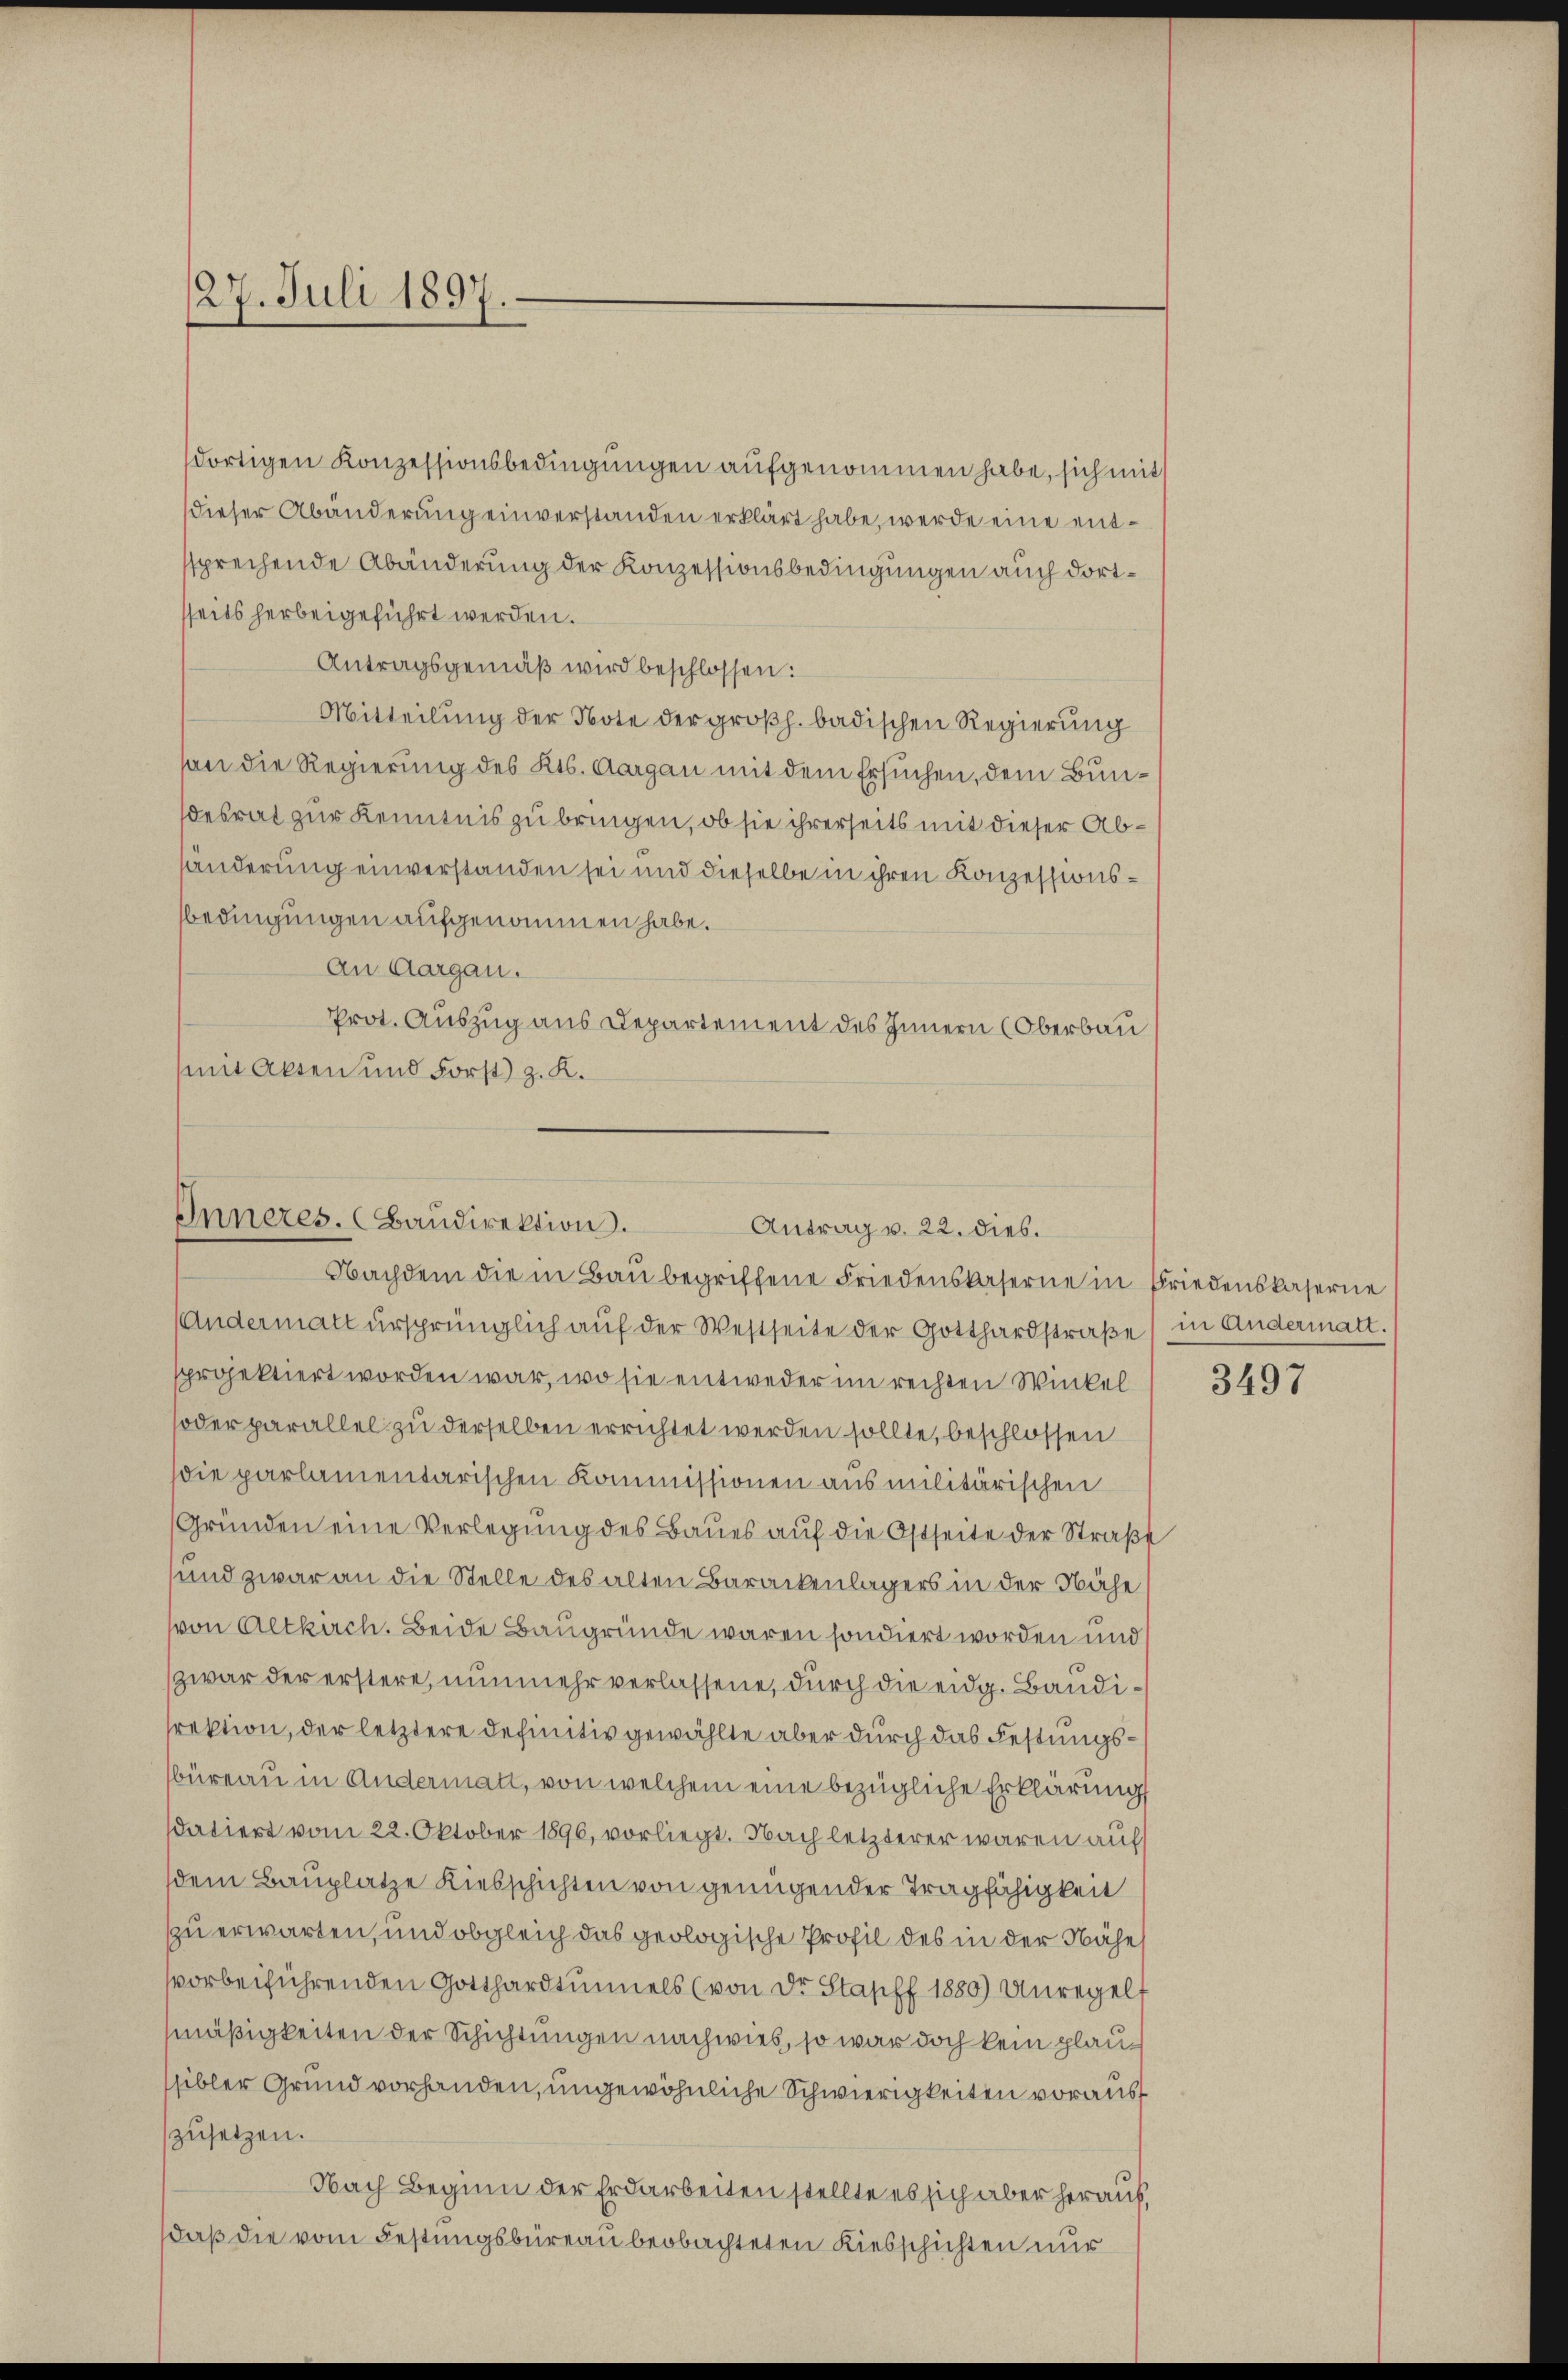
127. Juli 1897.

dortigen Konzessionsbedingungen aufgenommen habe, sich mit
dieser Abänderung einverstanden erklärt habe, werde eine entsprechende Abänderung der Konzessionsbedingungen auch dortseits herbeigeführt werden.
Antragsgemäß wird beschlossen:
Mitteilung der Note der großh. badischen Regierung
son die Regierung des Kts. Aargau mit dem Ersuchen, dem Bundesrat zur Kenntnis zu bringen, ob sie ihrerseits mit dieser Abhänderung einverstanden sei und dieselbe in ihren Konzessionsbedingungen aufgenommen habe.
An Aargau.
Prot. Auszug aus Departement des Innern (Oberbau
mit Akten und Forst) z. K.

Inneres. (Baudirektion.
Antrag v. 22. dies.
Nachdem die in Bau begriffene Friedenskaserne in Friedenskaserne

Andermatt ursprünglich auf der Westseite der Gotthardstraße in Andermatt.
sprojektiert worden war, wo sie entweder im rechten Winkel
oder parallel zu derselben errichtet werden sollte, beschlossen
die parlamentarischen Kommissionen aus militärischen
Gründen eine Verlegung des Baues auf die Ostseite der Straße
und zwar an die Stelle des alten Barackenlagers in der Nähe
von Altkirch. Beide Baugründe waren sondiert worden und
zwar der erstere, nunmehr verlassene, durch die eidg. Baudirektion, der letztere Definitiv gewählte aber durch das Festungsbüreau in Andermatt, von welchem eine bezügliche Erklärungs
datiert vom 22. Oktober 1890, vorliegt. Nach letzterer waren aufs
dem Bauplatze Kiesschichten von genügender Tragfähigkeit
zu erwarten, und obgleich das geologische Profil des in der Nähe
vorbeiführenden Gotthardtunnels (von Dr. Stapff 1880) Unregels
mäßigkeiten der Schichtungen nachwies, so war doch kein plausibler Grund vorhanden, ungewöhnliche Schwierigkeiten voraus
zusetzen.
Nach Beginn der Erdarbeiten stellte es sich aber herauf,
daß die vom Festungsbüreau beobachteten Kiesschichten nur

3497